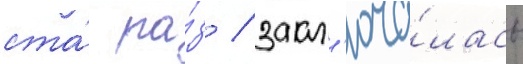
ста́ ра́з / закл'юча́лась